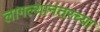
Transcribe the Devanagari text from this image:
लागल्यानंतरच्या